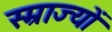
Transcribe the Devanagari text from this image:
स्म्राज्यों